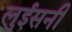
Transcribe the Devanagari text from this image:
लुईसनी